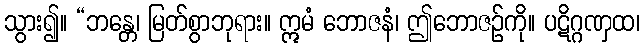
သွား၍။ “ဘန္တေ၊ မြတ်စွာဘုရား။ ဣမံ ဘောဇနံ၊ ဤဘောဇဉ်ကို။ ပဋိဂ္ဂဏှထ၊